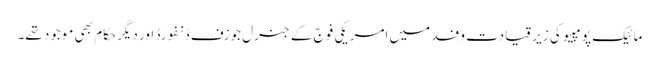
مائیک پومپیو کی زیر قیادت وفد میں امریکی فوج کے جنرل جوزف ڈنفورڈ اور دیگر حکام بھی موجود تھے۔